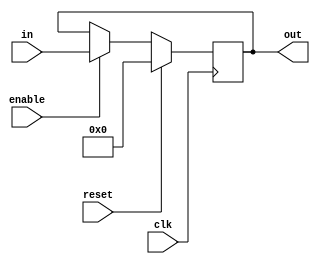
module reg_32bit(out, in, enable, reset, clk);

output [31:0] out;
reg [31:0] out;
input  [31:0] in;
input enable, clk, reset;

always @(posedge clk)
begin
	if(reset)
		out <= 0;
	else
	if(enable)
		out <= in;
end


endmodule